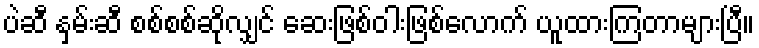
ပဲဆီ နှမ်းဆီ စစ်စစ်ဆိုလျှင် ဆေးဖြစ်ဝါးဖြစ်လောက် ယူထားကြတာများပြီ။